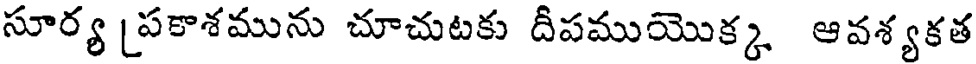
సూర్య [పకాశమును చూచుటకు దీపముయొక్క ఆవశ్యకత